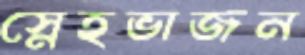
স্নেহভাজন